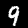
Digit: 9